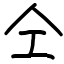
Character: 仝